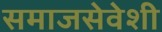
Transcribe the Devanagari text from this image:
समाजसेवेशी